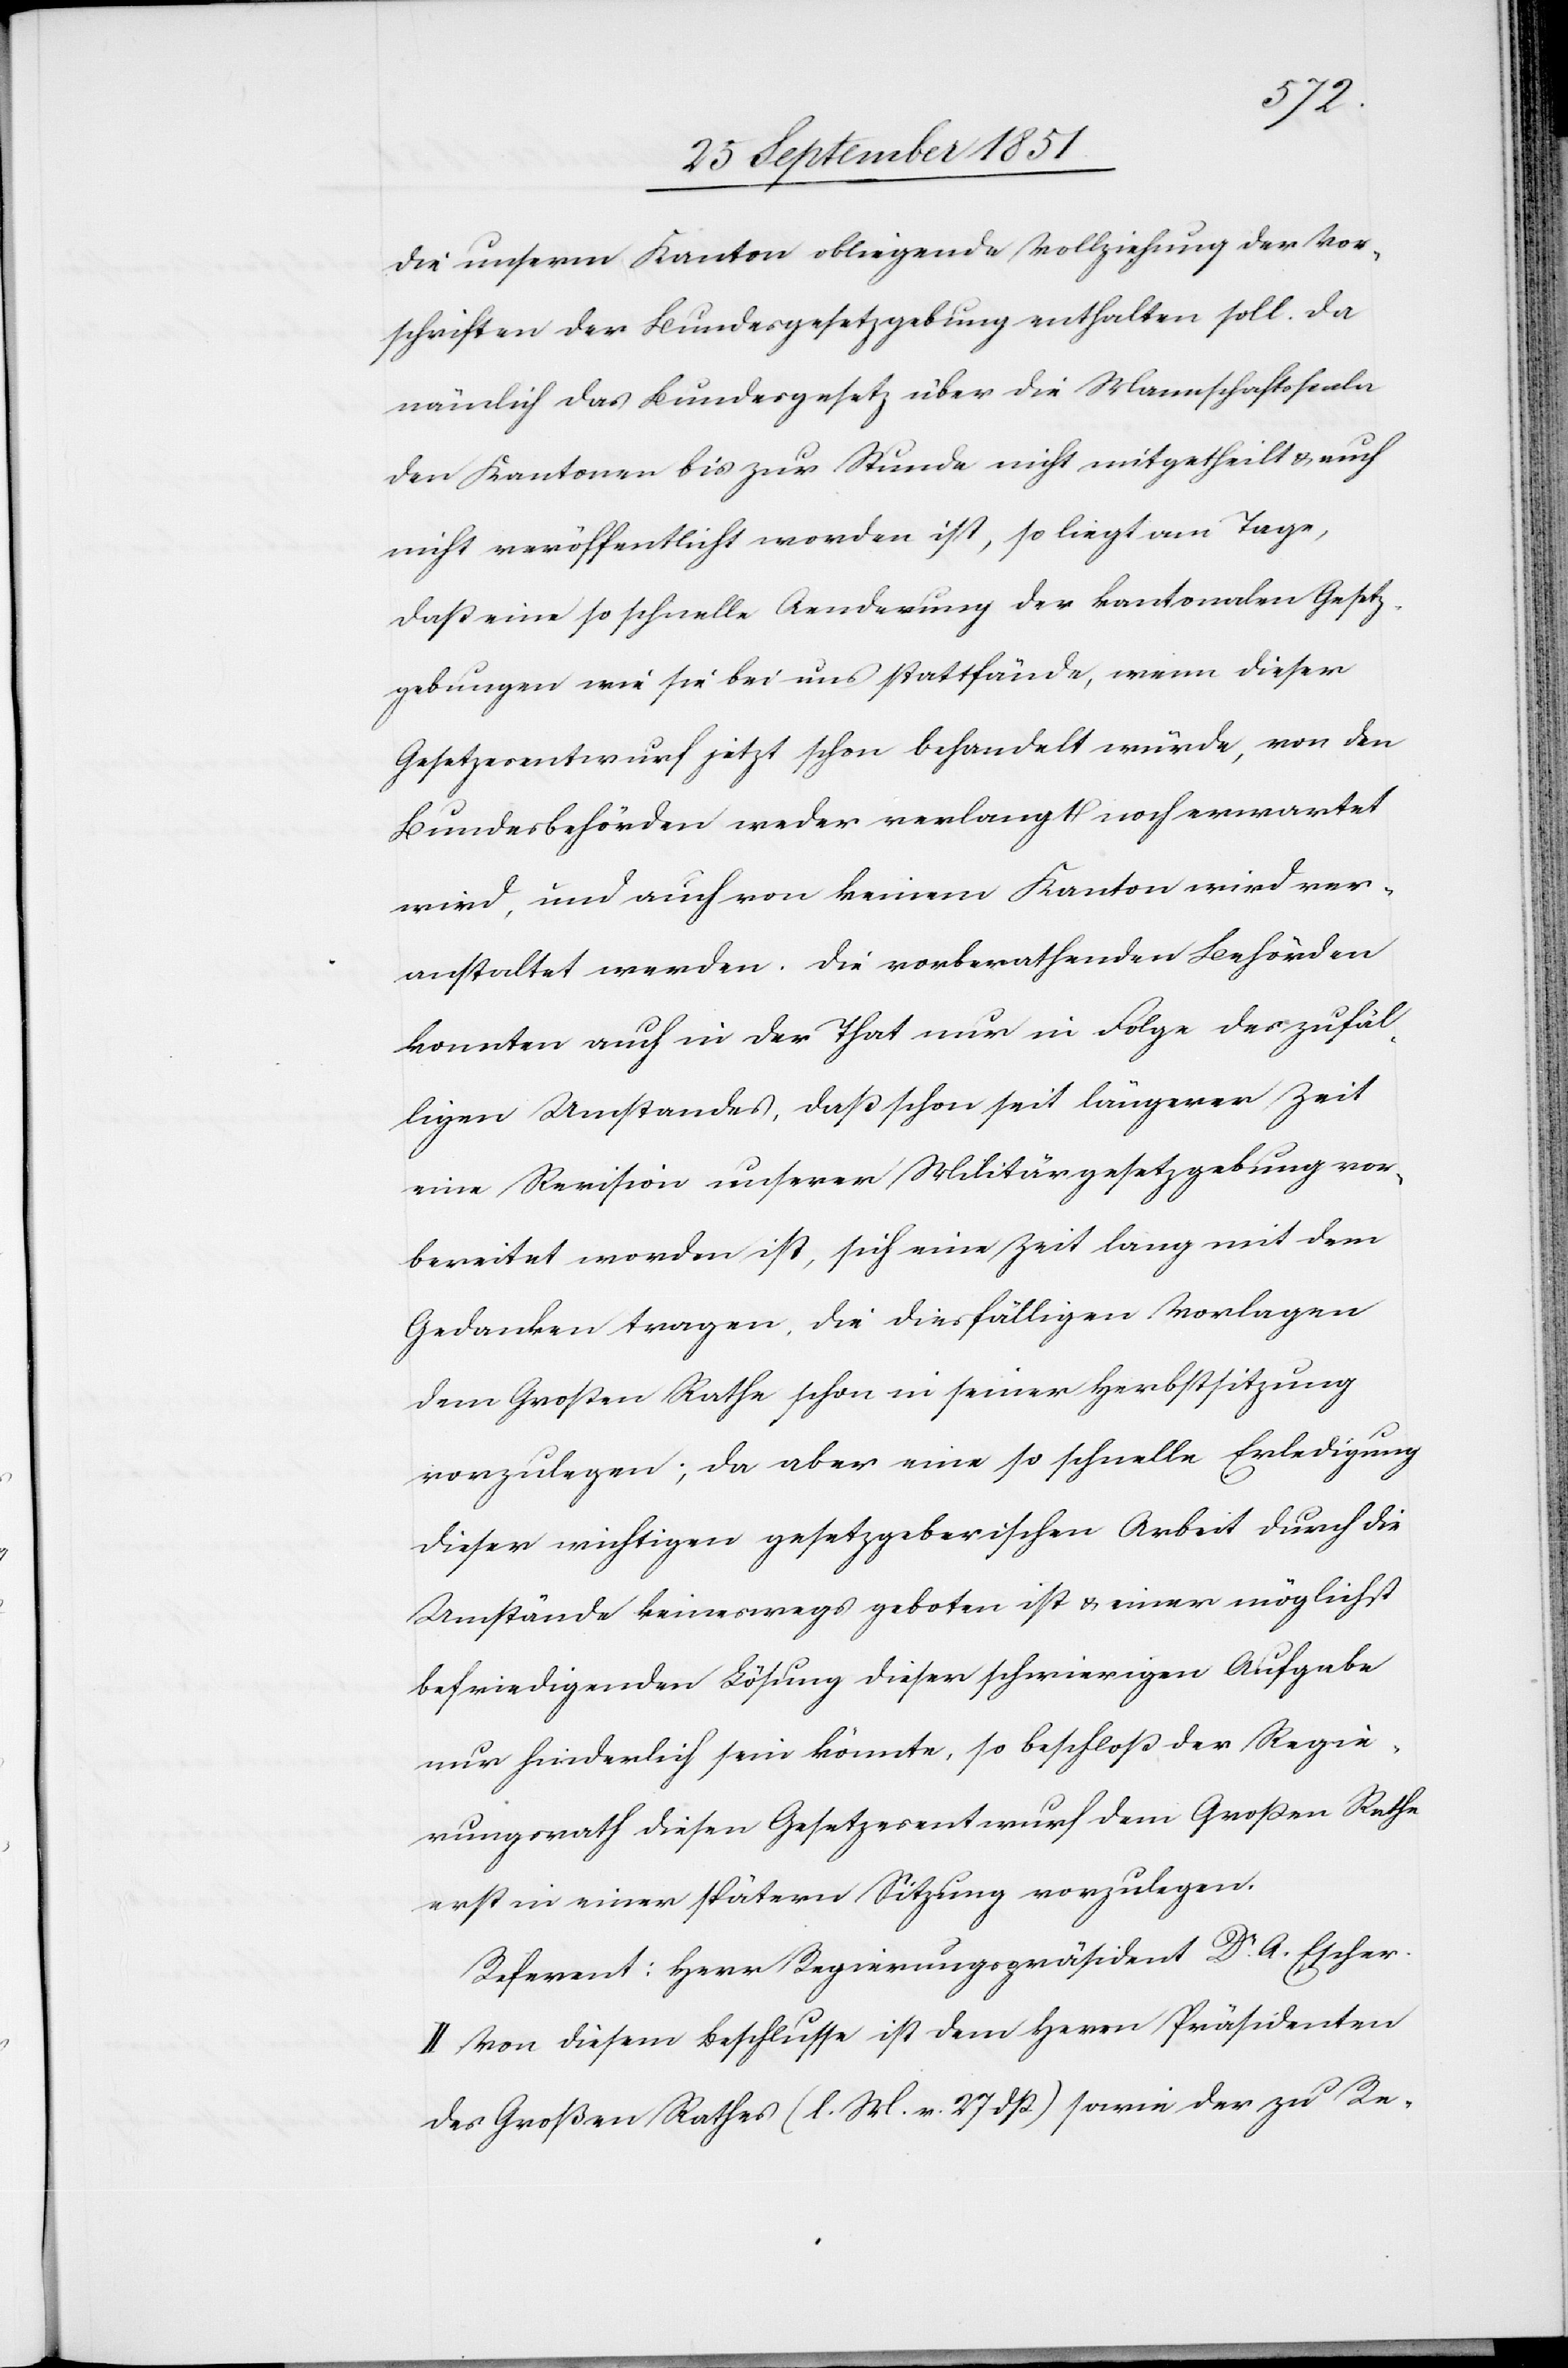
die unserm Kanton obliegende Vollziehung der Vor¬
schriften der Bundesgesetzgebung enthalten soll. Da
nämlich das Bundesgesetz über die Mannschaftsscala
den Kantonen bis zur Stunde nicht mitgetheilt & auch
nicht veröffentlicht worden ist, so liegt am Tage,
daß eine so schnelle Aenderung der kantonalen Gesetz¬
gebungen wie sie bei uns stattfände, wenn dieser
Gesetzesentwurf jetzt schon behandelt würde, von den
Bundesbehörden weder verlangt noch erwartet
wird, und auch von keinem Kanton wird ver¬
anstaltet werden. Die vorberathenden Behörden
konnten auch in der That nur in Folge des zufäl¬
ligen Umstandes, daß schon seit längerer Zeit
eine Revision unserer Militärgesetzgebung vor¬
bereitet worden ist, sich eine Zeit lang mit dem
Gedanken tragen, die diesfälligen Vorlagen
dem Großen Rathe schon in seiner Herbstsitzung
vorzulegen; da aber eine so schnelle Erledigung
dieser wichtigen gesetzgeberischen Arbeit durch die
Umstände keineswegs geboten ist & einer möglichst
befriedigenden Lösung dieser schwierigen Aufgabe
nur hinderlich sein könnte, so beschloß der Regie¬
rungsrath diesen Gesetzesentwurf dem Großen Rathe
erst in einer spätern Sitzung vorzulegen.
Referent: Herr Regierungspräsident Dr. A. Escher.
II. Von diesem Beschlusse ist dem Herrn Präsidenten
des Großen Rathes (l. M. v. 24 dß.) sowie der zu Re-